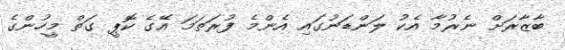
ބާޒާރަށް ނެރުމާ އެކު ލަންޑަނުގައި އެންމެ ފުރަތަމަ އޭގެ ކޮޕީ ގަތް މީހުންގެ